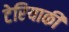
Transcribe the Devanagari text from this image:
टेरियाकी